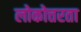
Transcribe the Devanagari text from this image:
लोकोत्तरता